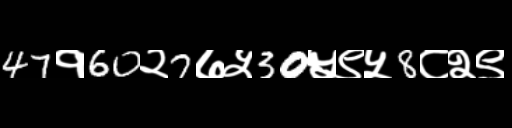
Text: 47१60२7७५30५९५8८२९